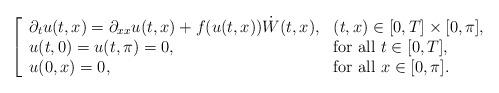
LaTeX: \begin{align*} \left[\begin{array}{ll}\partial_t u(t,x) = \partial_{xx} u(t,x) + f(u(t,x)) \dot{W}(t,x), &(t,x) \in [0, T] \times [0, \pi], \\u(t,0) = u(t, \pi) = 0, & \textrm{for all} \,\, t \in [0,T], \\u(0,x) = 0, & \textrm{for all} \,\, x \in [0, \pi].\end{array}\right.\end{align*}